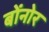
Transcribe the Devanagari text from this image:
बोंनोर